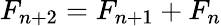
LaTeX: F_{n+2}=F_{n+1}+F_{n}